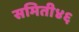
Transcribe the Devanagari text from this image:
समिती४६